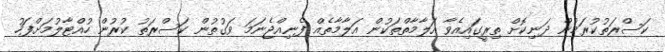
ކަސްރަތުކުރަމުން ދަނިކޮށް ތިރީގައިއެވާ އަލާމާތްތަކުން އަލާމާތެއް ފެނިއްޖެނަމަ ވަގުތުން ކަސްރަތު ކުރުން ހުއްޓާލުމަށްފަހު